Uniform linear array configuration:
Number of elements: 24
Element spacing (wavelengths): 0.75
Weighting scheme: hann
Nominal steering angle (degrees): -60
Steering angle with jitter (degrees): -61.929
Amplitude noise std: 0.05
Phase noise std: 0.05

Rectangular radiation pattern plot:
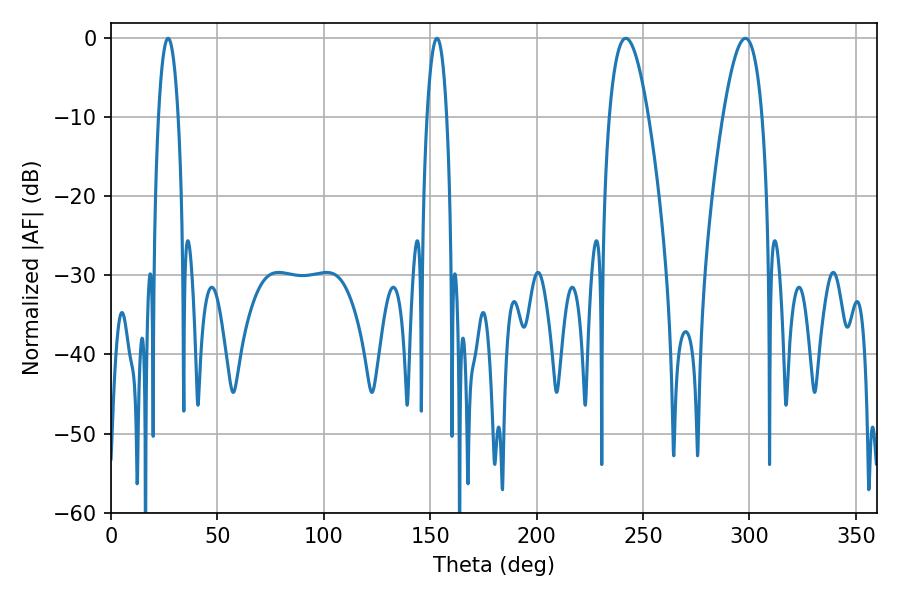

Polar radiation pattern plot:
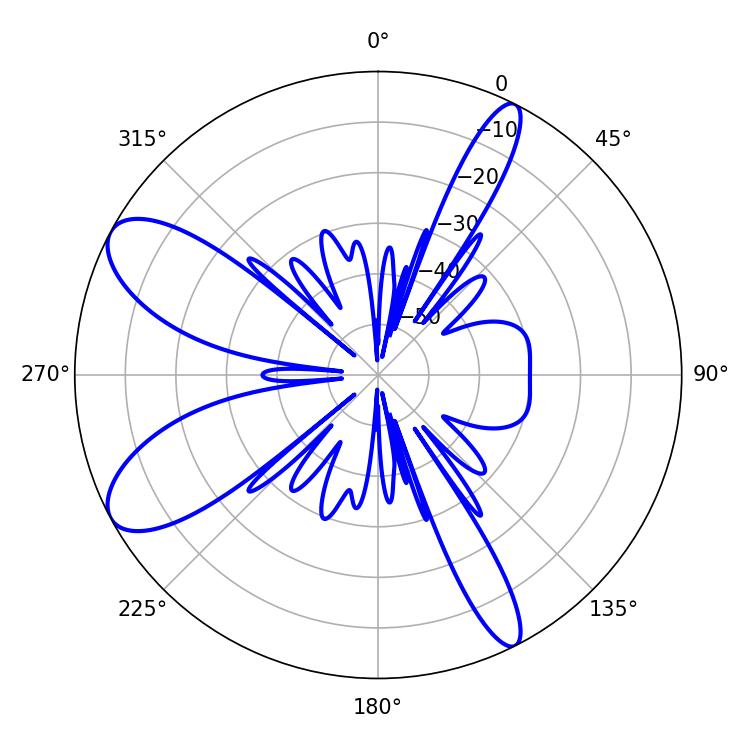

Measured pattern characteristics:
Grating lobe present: TRUE
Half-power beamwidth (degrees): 5.04
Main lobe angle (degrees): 26.82